Elephants and their diseases
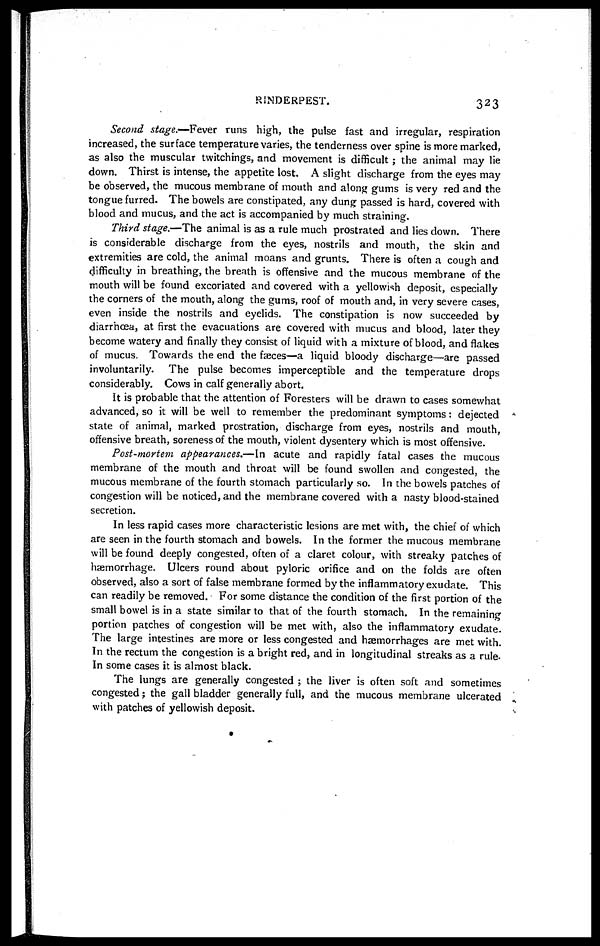
RINDERPEST.
323
Second stage.—Fever runs high, the pulse fast and irregular, respiration
increased, the surface temperature varies, the tenderness over spine is more marked,
as also the muscular twitchings, and movement is difficult; the animal may lie
down. Thirst is intense, the appetite lost. A slight discharge from the eyes may
be observed, the mucous membrane of mouth and along gums is very red and the
tongue furred. The bowels are constipated, any dung passed is hard, covered with
blood and mucus, and the act is accompanied by much straining.
Third stage.—The animal is as a rule much prostrated and lies down. There
is considerable discharge from the eyes, nostrils and mouth, the skin and
extremities are cold, the animal moans and grunts. There is often a cough and
difficulty in breathing, the breath is offensive and the mucous membrane of the
mouth will be found excoriated and covered with a yellowish deposit, especially
the corners of the mouth, along the gums, roof of mouth and, in very severe cases,
even inside the nostrils and eyelids. The constipation is now succeeded by
diarrhoea, at first the evacuations are covered with mucus and blood, later they
become watery and finally they consist of liquid with a mixture of blood, and flakes
of mucus. Towards the end the faeces—a liquid bloody discharge—are passed
involuntarily. The pulse becomes imperceptible and the temperature drops
considerably. Cows in calf generally abort.
It is probable that the attention of Foresters will be drawn to cases somewhat
advanced, so it will be well to remember the predominant symptoms: dejected
state of animal, marked prostration, discharge from eyes, nostrils and mouth,
offensive breath, soreness of the mouth, violent dysentery which is most offensive.
Post-mortem appearances.—In acute and rapidly fatal cases the mucous
membrane of the mouth and throat will be found swollen and congested, the
mucous membrane of the fourth stomach particularly so. In the bowels patches of
congestion will be noticed, and the membrane covered with a nasty blood-stained
secretion.
In less rapid cases more characteristic lesions are met with, the chief of which
are seen in the fourth stomach and bowels. In the former the mucous membrane
will be found deeply congested, often of a claret colour, with streaky patches of
haemorrhage. Ulcers round about pyloric orifice and on the folds are often
observed, also a sort of false membrane formed by the inflammatory exudate. This
can readily be removed. For some distance the condition of the first portion of the
small bowel is in a state similar to that of the fourth stomach. In the remaining
portion patches of congestion will be met with, also the inflammatory exudate.
The large intestines are more or less congested and haemorrhages are met with.
In the rectum the congestion is a bright red, and in longitudinal streaks as a rule.
In some cases it is almost black.
The lungs are generally congested ; the liver is often soft and sometimes
congested ; the gall bladder generally full, and the mucous membrane ulcerated
with patches of yellowish deposit.